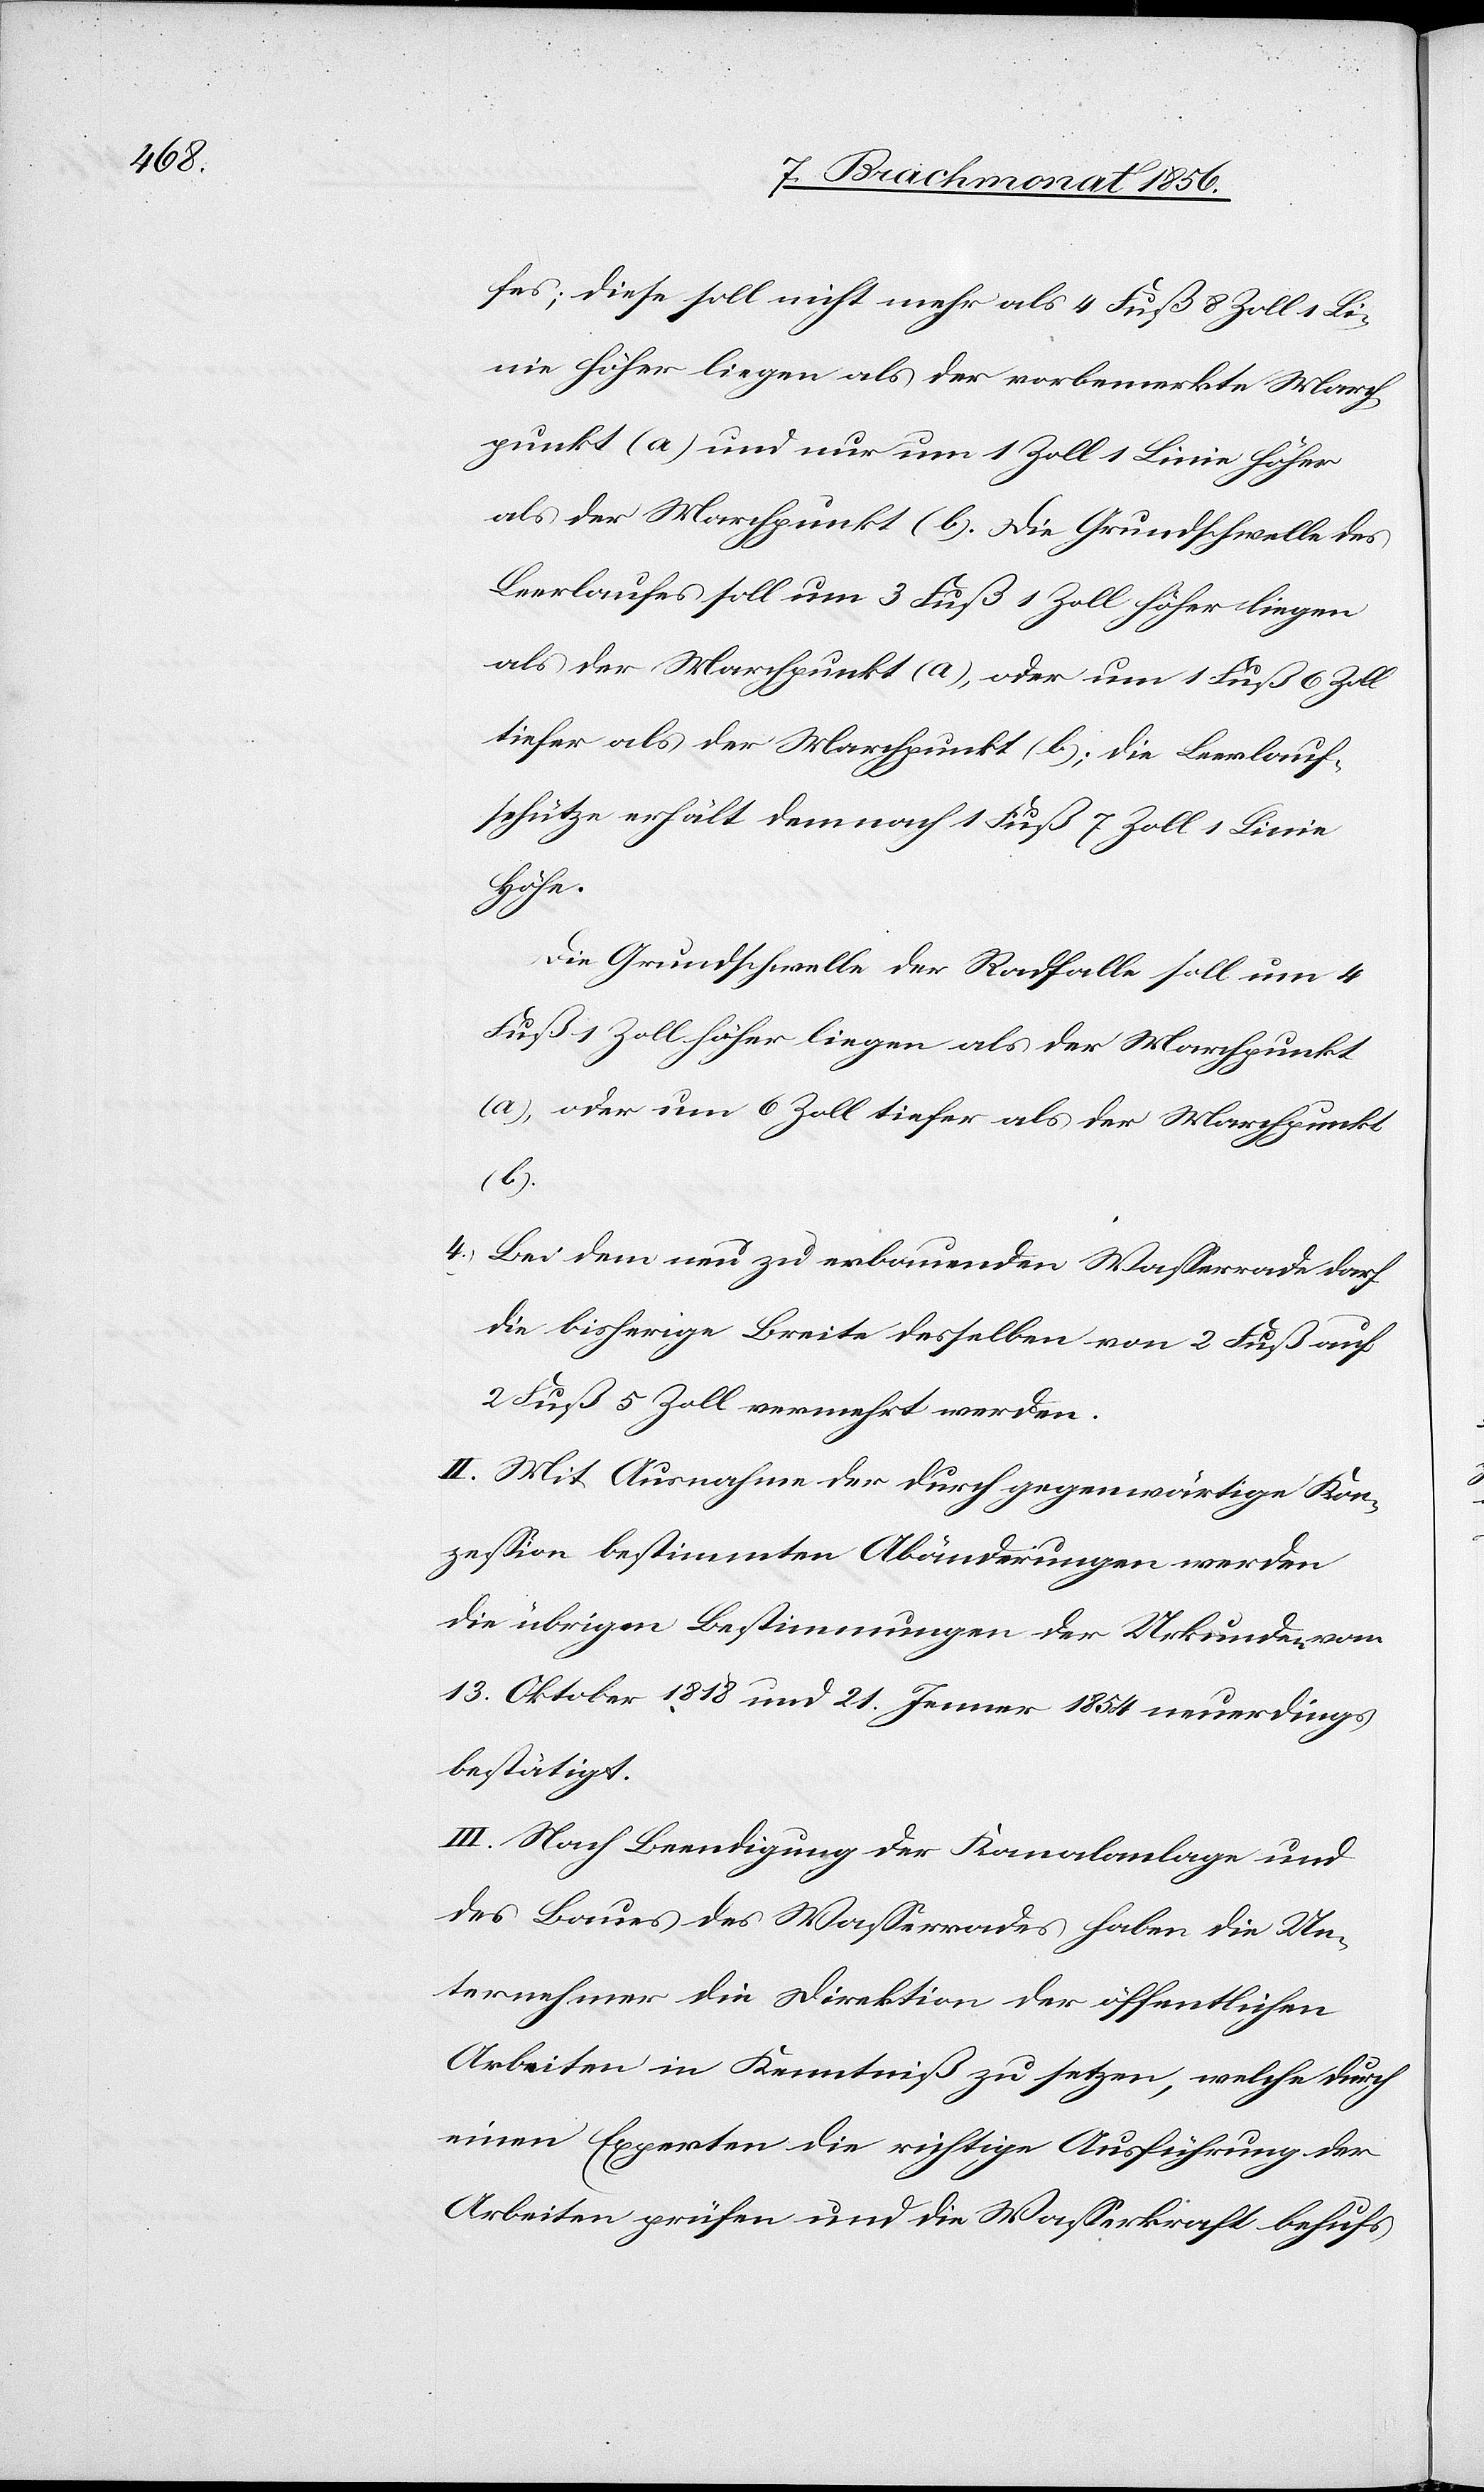
fes; diese soll nicht mehr als 4 Fuß 8 Zoll 1 Li¬
nie höher liegen als der vorbemerkte March¬
punkt (a) und nur um 1 Zoll 1 Linie höher
als der Marchpunkt (b). Die Grundschwelle des
Leerlaufes soll um 3 Fuß 1 Zoll höher liegen
als der Marchpunkt (a), oder um 1 Fuß 6 Zoll
tiefer als der Marchpunkt (b); die Leerlauf¬
schütze erhält demnach 1 Fuß 7 Zoll 1 Linie
Höhe.
Die Grundschwelle der Radfalle soll um 4
Fuß 1 Zoll höher liegen als der Marchpunkt
(a), oder um 6 Zoll tiefer als der Marchpunkt
(b).
4.) Bei dem neu zu erbauenden Wasserrade darf
die bisherige Breite desselben von 2 Fuß auf
2 Fuß 5 Zoll vermehrt werden.
II. Mit Ausnahme der durch gegenwärtige Kon¬
zession bestimmten Abänderungen werden
die übrigen Bestimmungen der Urkunde vom
13. Oktober 1818 [sic!] und 21. Jenner 1854 neuerdings
bestätigt.
III. Nach Beendigung der Kanalanlage und
des Baues des Wasserrades haben die Un¬
ternehmer die Direktion der öffentlichen
Arbeiten in Kenntniß zu setzen, welche durch
einen Experten die richtige Ausführung der
Arbeiten prüfen und die Wasserkraft behufs